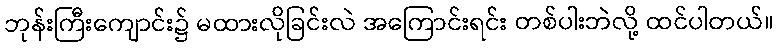
ဘုန်းကြီးကျောင်း၌ မထားလိုခြင်းလဲ အကြောင်းရင်း တစ်ပါးဘဲလို့ ထင်ပါတယ်။